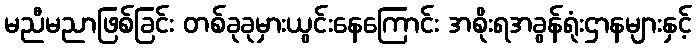
မညီမညာဖြစ်ခြင်း တစ်ခုခုမှားယွင်းနေကြောင်း အစိုးရအခွန်ရုံးဌာနများနှင့်